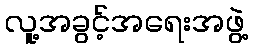
လူ့အခွင့်အရေးအဖွဲ့